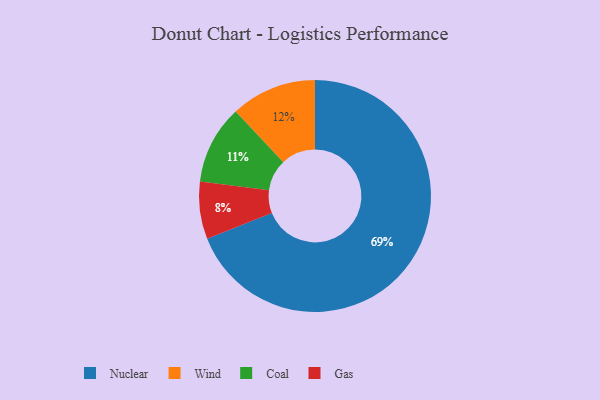
{"axis": {"x": "Category", "y": "Percentage"}, "legend": ["Coal", "Gas", "Nuclear", "Wind"], "data": [{"x": "Coal", "y": 11, "type": "Coal"}, {"x": "Wind", "y": 12, "type": "Wind"}, {"x": "Gas", "y": 8, "type": "Gas"}, {"x": "Nuclear", "y": 69, "type": "Nuclear"}]}